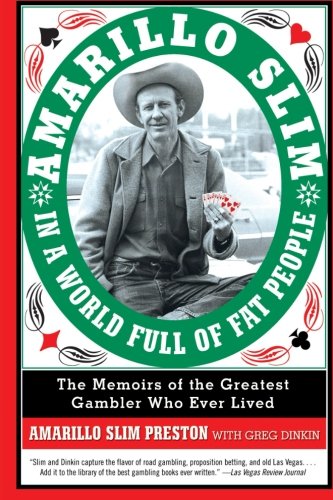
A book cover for Amarillo Slim in a World Full of Fat People: The Memoirs of the Greatest Gambler Who Ever Lived; Amarillo Slim Preston; Humor & Entertainment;